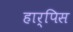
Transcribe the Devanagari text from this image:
हार्पिस